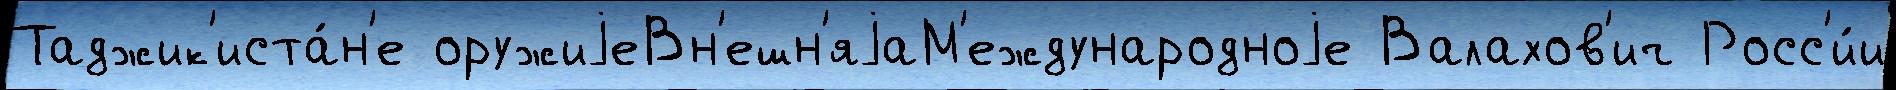
Таджик'иста́н'е оружиjеВн'ешн'яjаМ'еждународноjе Валахов'ич Росс'и́и